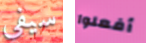
سيفي أفعلوا